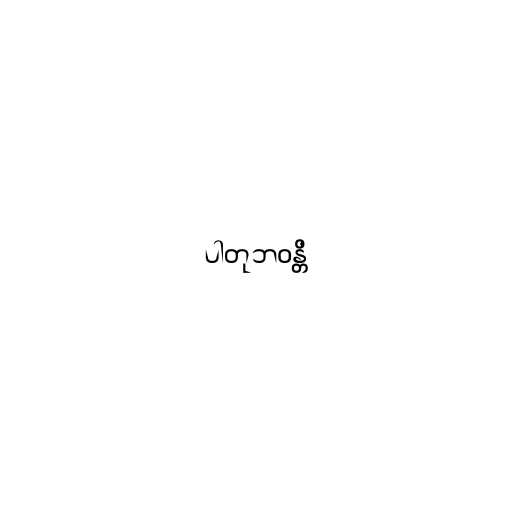
ပါတုဘဝန္တိ